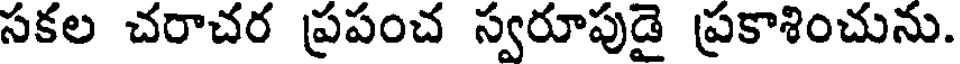
సకల చరాచర ప్రపంచ స్వరూపుడై ప్రకాశించును.